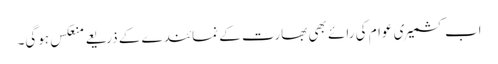
اب کشمیری عوام کی رائے بھی بھارت کے نمائندے کے ذریعے منعکس ہوگی۔